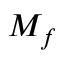
M _ { f }